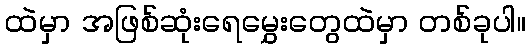
ထဲမှာ အဖြစ်ဆုံးရေမွှေးတွေထဲမှာ တစ်ခုပါ။